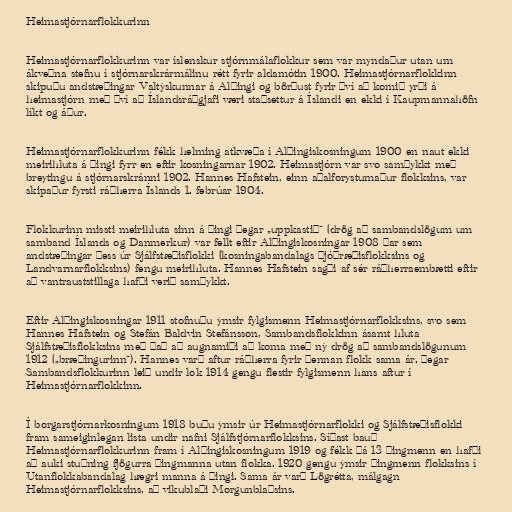
Heimastjórnarflokkurinn

Heimastjórnarflokkurinn var íslenskur stjórnmálaflokkur sem var myndaður utan um
ákveðna stefnu í stjórnarskrármálinu rétt fyrir aldamótin 1900. Heimastjórnarflokkinn
skipuðu andstæðingar Valtýskunnar á Alþingi og börðust fyrir því að komið yrði á
heimastjórn með því að Íslandsráðgjafi væri staðsettur á Íslandi en ekki í Kaupmannahöfn
líkt og áður.

Heimastjórnarflokkurinn fékk helming atkvæða í Alþingiskosningum 1900 en naut ekki
meirihluta á þingi fyrr en eftir kosningarnar 1902. Heimastjórn var svo samþykkt með
breytingu á stjórnarskránni 1902. Hannes Hafstein, einn aðalforystumaður flokksins, var
skipaður fyrsti ráðherra Íslands 1. febrúar 1904.

Flokkurinn missti meirihluta sinn á þingi þegar „uppkastið“ (drög að sambandslögum um
samband Íslands og Danmerkur) var fellt eftir Alþingiskosningar 1908 þar sem
andstæðingar þess úr Sjálfstæðisflokki (kosningabandalags Þjóðræðisflokksins og
Landvarnarflokksins) fengu meirihluta. Hannes Hafstein sagði af sér ráðherraembætti eftir
að vantrauststillaga hafði verið samþykkt.

Eftir Alþingiskosningar 1911 stofnuðu ýmsir fylgismenn Heimastjórnarflokksins, svo sem
Hannes Hafstein og Stefán Baldvin Stefánsson, Sambandsflokkinn ásamt hluta
Sjálfstæðisflokksins með það að augnamiði að koma með ný drög að sambandslögunum
1912 („bræðingurinn“). Hannes varð aftur ráðherra fyrir þennan flokk sama ár. Þegar
Sambandsflokkurinn leið undir lok 1914 gengu flestir fylgismenn hans aftur í
Heimastjórnarflokkinn.

Í borgarstjórnarkosningum 1918 buðu ýmsir úr Heimastjórnarflokki og Sjálfstæðisflokki
fram sameiginlegan lista undir nafni Sjálfstjórnarflokksins. Síðast bauð
Heimastjórnarflokkurinn fram í Alþingiskosningum 1919 og fékk þá 13 þingmenn en hafði
að auki stuðning fjögurra þingmanna utan flokka. 1920 gengu ýmsir þingmenn flokksins í
Utanflokkabandalag hægri manna á þingi. Sama ár varð Lögrétta, málgagn
Heimastjórnarflokksins, að vikublaði Morgunblaðsins.